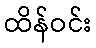
ထိန်ဝင်း